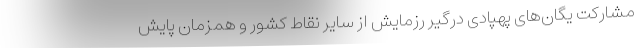
مشارکت یگان‌های پهپادی درگیر رزمایش از سایر نقاط کشور و همزمان پایش